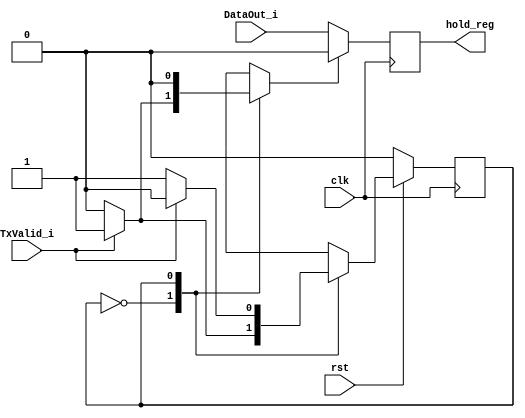
module usb_tx_phy(clk, rst, DataOut_i, TxValid_i, hold_reg);

input		clk;
input		rst;
input		DataOut_i;
input		TxValid_i;
output reg	hold_reg;

reg		state, next_state;
reg		ld_sop_d;
reg		ld_data_d;

always @(posedge clk)
	if(ld_sop_d)
		hold_reg <= 0;
	else
		hold_reg <= DataOut_i;

always @(posedge clk)
	if(!rst)	state <= 0;
	else		state <= next_state;

always @(state or TxValid_i)
   begin
	next_state = state;

	ld_sop_d = 1'b0;
	ld_data_d = 1'b0;

	case(state)	// synopsys full_case parallel_case
	   0:
			if(TxValid_i)
			   begin
				ld_sop_d = 1'b1;
				next_state = 1;
			   end
	   1:
			if(TxValid_i)
			   begin
				ld_data_d = 1'b1;
				next_state = 0;
			   end
	endcase
   end

endmodule